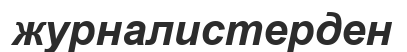
журналистерден